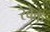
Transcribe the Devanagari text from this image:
रेबैक